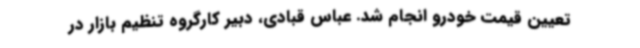
تعیین قیمت خودرو انجام شد. عباس قبادی، دبیر کارگروه تنظیم بازار در